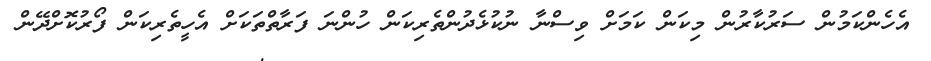
އެހެންކަމުން ސަރުކާރުން މިކަން ކަމަށް ވިސްނާ ނުކުޅެދުންތެރިކަން ހުންނަ ފަރާތްތަކަށް އެހީތެރިކަން ފޯރުކޮށްދޭން